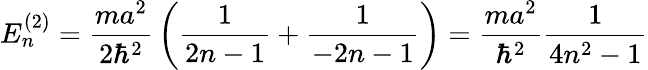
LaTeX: E_{n}^{(2)}={\frac{ma^{2}}{2\hbar^{2}}}\left({\frac{1}{2n-1}}+{\frac{1}{-2n-1}}\right)={\frac{ma^{2}}{\hbar^{2}}}{\frac{1}{4n^{2}-1}}